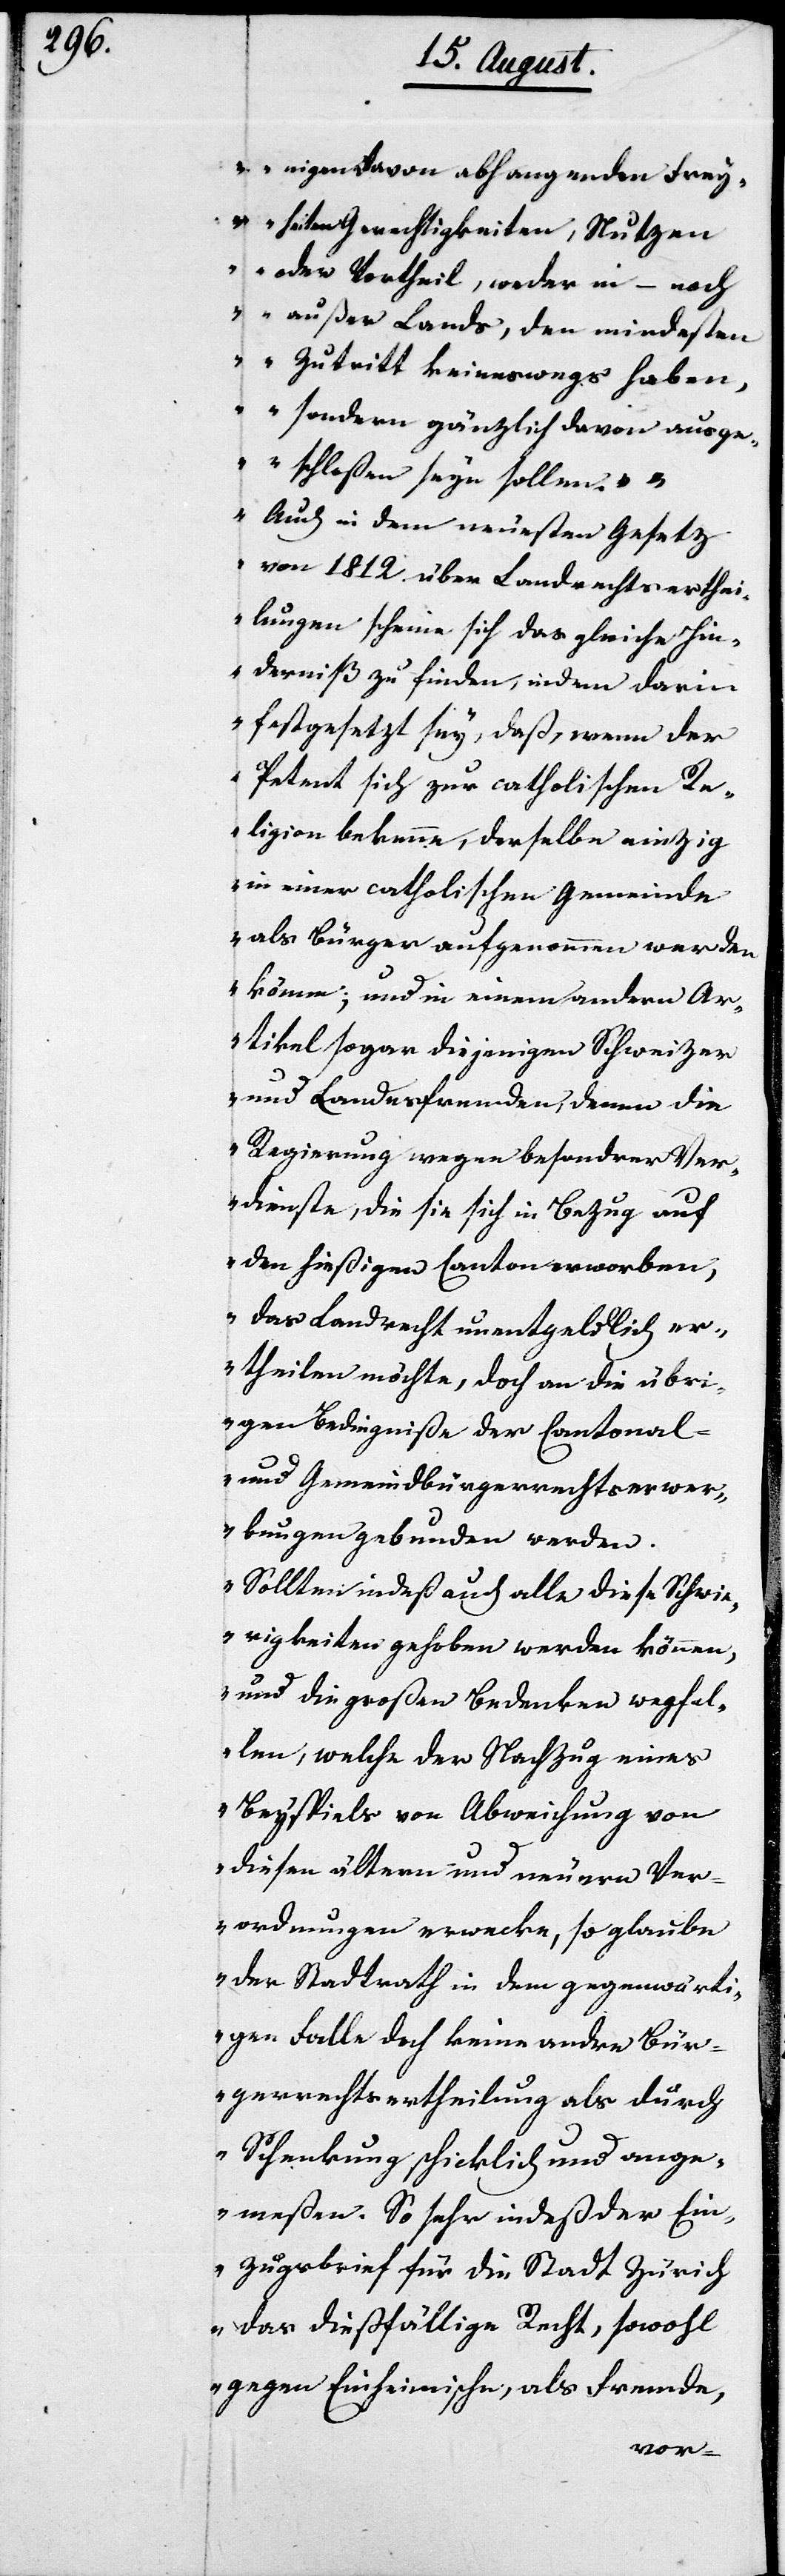
nigen davon abhangenden Frey¬
heiten, Gerechtigkeiten, Nutzen
oder Vortheil, weder in- noch
außer Lands, den mindesten
Zutritt keineswegs haben,
sondern gänzlich davon ausge¬
schloßen seyn sollen.“
Auch in dem neuesten Gesetz
von 1812. über Landrechtserthei¬
lungen scheine sich das gleiche Hin¬
derniß zu finden, indem darin
festgesetzt sey, daß wenn der
Petent sich zur catholischen Re¬
ligion bekenne, derselbe einzig
in einer catholischen Gemeinde
als Bürger aufgenommen werden
könne; und in einem andern Ar¬
tikel sogar diejenigen Schweizer
und Landesfremden, denen die
Regierung wegen besondrer Ver¬
dienste, die sie sich in Bezug auf
den hießigen Canton erworben,
das Landrecht unentgeldlich er¬
theilen möchte, doch an die übri¬
gen Bedingniße der Cantonal-
und Gemeindbürgerrechtserwer¬
bungen gebunden werden.
Sollten indeß auch alle diese Schwie¬
rigkeiten gehoben werden können,
und die großen Bedenken wegfal¬
len, welche der Nachzug eines
Beyspiels von Abweichung von
diesen ältern und neuern Ver¬
ordnungen erwecke, so glaube
der Stadtrath in dem gegenwärti¬
gen Falle doch keine andre Bür¬
gerrechtsertheilung als durch
Schenkung schicklich und ange¬
meßen. So sehr indeß der Ein¬
zugsbrief für die Stadt Zürich
das dießfällige Recht, sowohl
gegen Einheimische, als Fremde,